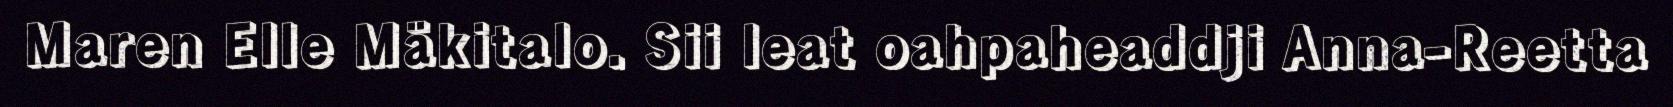
Maren Elle Mäkitalo. Sii leat oahpaheaddji Anna-Reetta